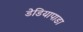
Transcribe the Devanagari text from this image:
डेडियापाडा